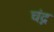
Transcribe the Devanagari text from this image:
चंद्न